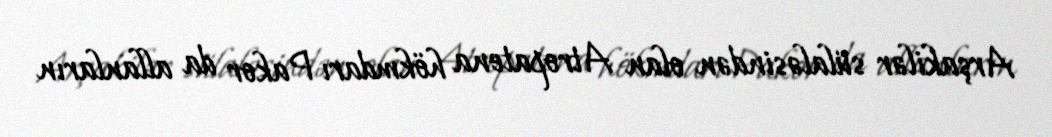
Arşakilər sülaləsindən olan Atropatena hökmdarı Pakor da allanların